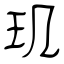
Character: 玑